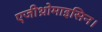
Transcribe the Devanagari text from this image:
एजीथ्रोमाइसिन।